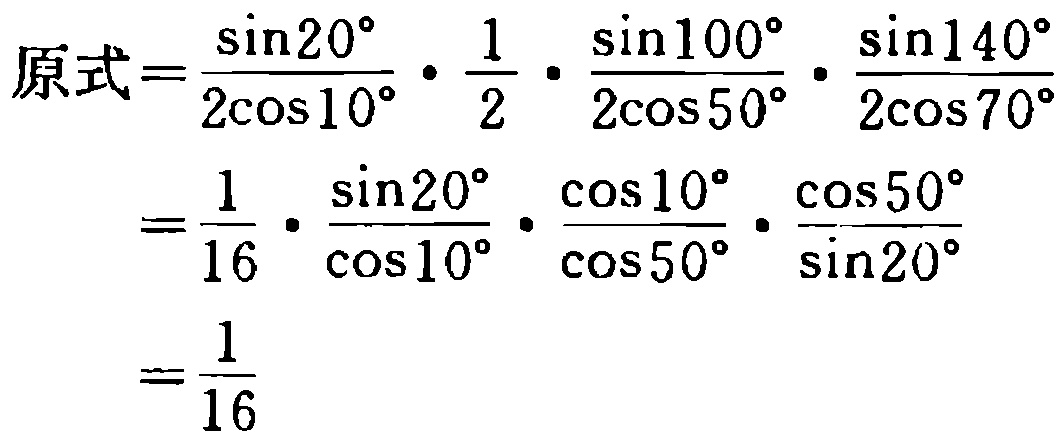
\[
\begin{align*}
原式&=\frac{\sin20^{\circ}}{2\cos10^{\circ}}\cdot\frac{1}{2}\cdot\frac{\sin100^{\circ}}{2\cos50^{\circ}}\cdot\frac{\sin140^{\circ}}{2\cos70^{\circ}}\\
&=\frac{1}{16}\cdot\frac{\sin20^{\circ}}{\cos10^{\circ}}\cdot\frac{\cos10^{\circ}}{\cos50^{\circ}}\cdot\frac{\cos50^{\circ}}{\sin20^{\circ}}\\
&=\frac{1}{16}
\end{align*}
\]